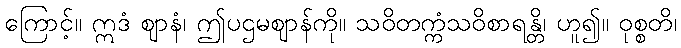
ကြောင့်။ ဣဒံ ဈာနံ၊ ဤပဌမဈာန်ကို။ သဝိတက္ကံသဝိစာရန္တိ၊ ဟူ၍။ ဝုစ္စတိ၊